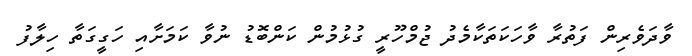
ވާދަވެރިން ފަތުރާ ވާހަކަތަކާމެދު ޖުމްހޫރީ ގުޅުމުން ކަންބޮޑު ނުވާ ކަމަށާއި ހަގީގަތާ ހިލާފު